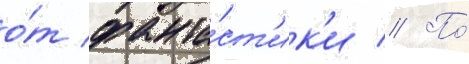
о́т фанта́ст'ик'и // По́